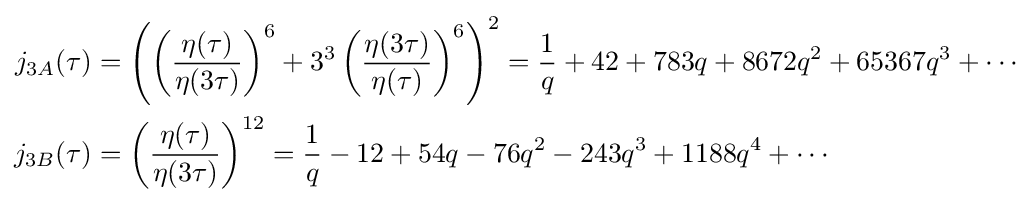
{\begin{aligned}j_{3A}(\tau )&=\left(\left({\frac {\eta (\tau )}{\eta (3\tau )}}\right)^{6}+3^{3}\left({\frac {\eta (3\tau )}{\eta (\tau )}}\right)^{6}\right)^{2}={\frac {1}{q}}+42+783q+8672q^{2}+65367q^{3}+\cdots \\j_{3B}(\tau )&=\left({\frac {\eta (\tau )}{\eta (3\tau )}}\right)^{12}={\frac {1}{q}}-12+54q-76q^{2}-243q^{3}+1188q^{4}+\cdots \\\end{aligned}}